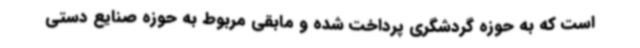
است که به حوزه گردشگری پرداخت شده و مابقی مربوط به حوزه صنایع دستی